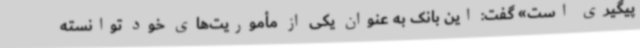
پیگیری است» گفت: این بانک به عنوان یکی از مأموریت‌های خود توانسته